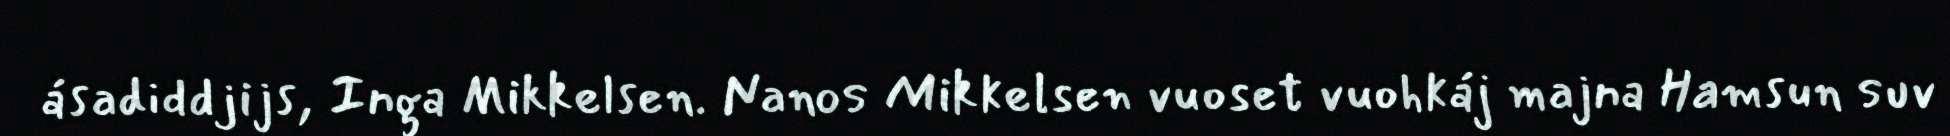
ásadiddjijs, Inga Mikkelsen. Nanos Mikkelsen vuoset vuohkáj majna Hamsun suv